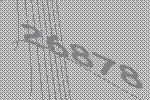
26878